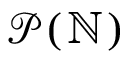
{ \mathcal { P } } ( \mathbb { N } )